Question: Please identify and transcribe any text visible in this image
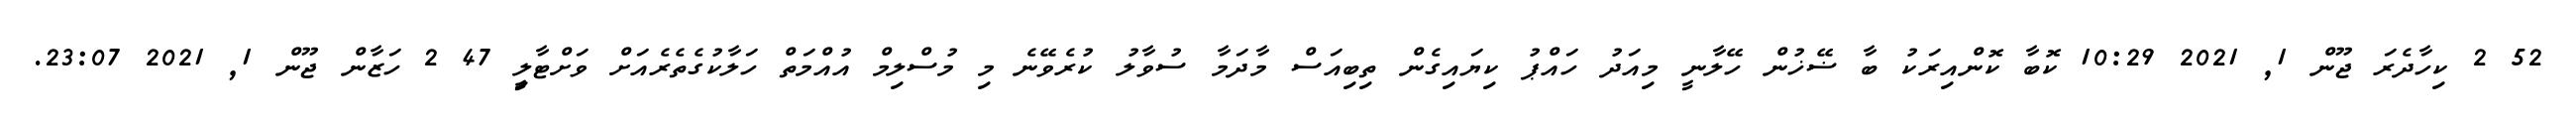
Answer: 52 2 ކިހާދެރަ ޖޫން 1, 2021 10:29 ކޮބާ ކޮންއިރަކު ބާ ޟޭޚުން ހޭލާނީ މިއަދު ހައްޕު ކިޔައިގެން ތިބިއަސް މާދަމާ ސުވާލު ކުރެވޭނެ މި މުސްލިމް އުއްމަތް ހަލާކުގެތެރެއަށް ވަށްޓާލިީ 47 2 ހަޒާން ޖޫން 1, 2021 23:07.